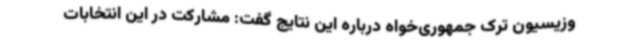
وزیسیون ترک جمهوری‌خواه درباره این نتایج گفت: مشارکت در این انتخابات